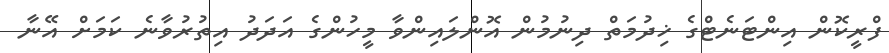
ފްރީކޮން އިންޓަނެޓްގެ ޚިދުމަތް ދިނުމުން އޮންލައިންވާ މީހުންގެ އަދަދު އިތުރުވާނެ ކަމަށް އޭނާ